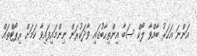
އަންނަ އަހަރު ބާއްވާ ލޯކް ސަބާ އިންތިހާބުގައި ވާދަކުރަން ނިންމައިފައިވާ ކަމަށް ރިޕޯޓްތައް